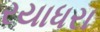
રયાધરા